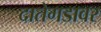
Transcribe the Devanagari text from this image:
दातेगडावर